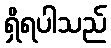
ရှိရပါသည်